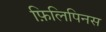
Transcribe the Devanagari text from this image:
फ़िलिपिनस